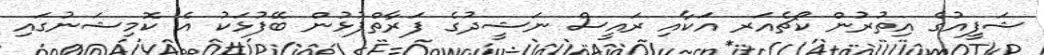
ޝަފީއުގެ އިތުރުން ކޯޗެއަރ އަކާއި ރައީސް ނަޝީދުގެ ފަރާތްޕުޅުން ބޭފުޅަކު އެ ކޮމިޝަނުގައި